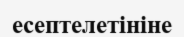
есептелетініне